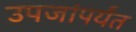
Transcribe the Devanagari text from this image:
उपजांपर्यंत